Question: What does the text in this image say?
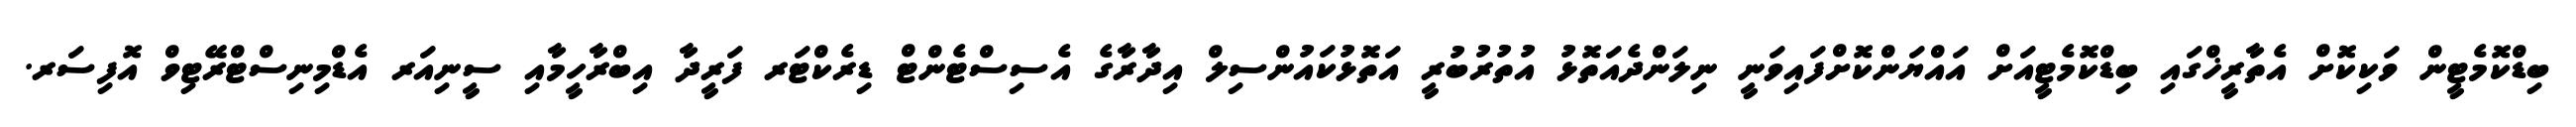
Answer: ބިޑްކޮމެޓީން ވަކިކޮށް އެތާރީޚްގައި ބިޑްކޮމެޓީއަށް އައްޔަންކޮށްފައިވަނީ ނިލަންދެއަތޮޅު އުތުރުބުރީ އަތޮޅުކައުންސިލް އިދާރާގެ އެސިސްޓެންޓް ޑިރެކްޓަރ ފަރީދާ އިބްރާހީމާއި ސީނިއަރ އެޑްމިނިސްޓްރޭޓިވް އޮފިސަރ.